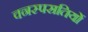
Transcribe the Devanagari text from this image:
वनस्पसतियों